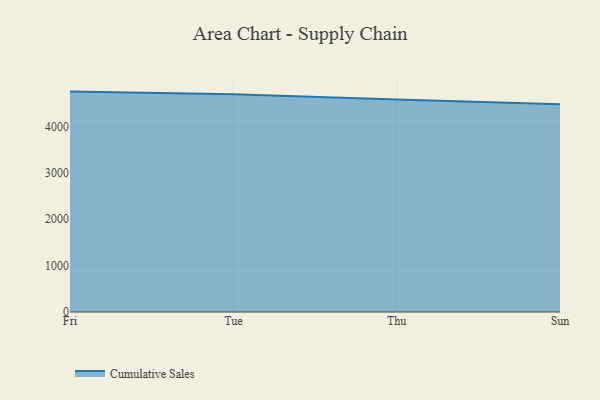
{"axis": {"x": "Day", "y": "Energy Usage (MWh)"}, "legend": ["Cumulative Sales"], "data": [{"x": "Fri", "y": 4749.4, "type": "Cumulative Sales"}, {"x": "Tue", "y": 4692.2, "type": "Cumulative Sales"}, {"x": "Thu", "y": 4580.5, "type": "Cumulative Sales"}, {"x": "Sun", "y": 4474.7, "type": "Cumulative Sales"}]}